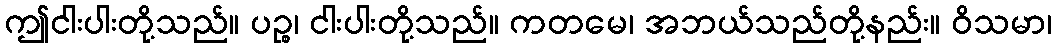
ဤငါးပါးတို့သည်။ ပဉ္စ၊ ငါးပါးတို့သည်။ ကတမေ၊ အဘယ်သည်တို့နည်း။ ဝိသမာ၊